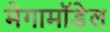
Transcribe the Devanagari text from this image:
मेगामॉडेल